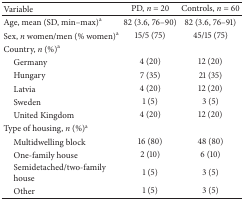
| Variable | PD, n = 20 | Controls, n = 60 |
 | --- | --- | --- |
 | Age, mean (SD, min–max)a | 82 (3.6, 76–90) | 82 (3.6, 76–91) |
 | Sex, n women/men (% women)a | 15/5 (75) | 45/15 (75) |
 | Country, n (%)a |  |  |
 | Germany | 4 (20) | 12 (20) |
 | Hungary | 7 (35) | 21 (35) |
 | Latvia | 4 (20) | 12 (20) |
 | Sweden | 1 (5) | 3 (5) |
 | United Kingdom | 4 (20) | 12 (20) |
 | Type of housing, n (%)a |  |  |
 | Multidwelling block | 16 (80) | 48 (80) |
 | One-family house | 2 (10) | 6 (10) |
 | Semidetached/two-family house | 1 (5) | 3 (5) |
 | Other | 1 (5) | 3 (5) |